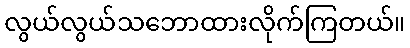
လွယ်လွယ်သဘောထားလိုက်ကြတယ်။